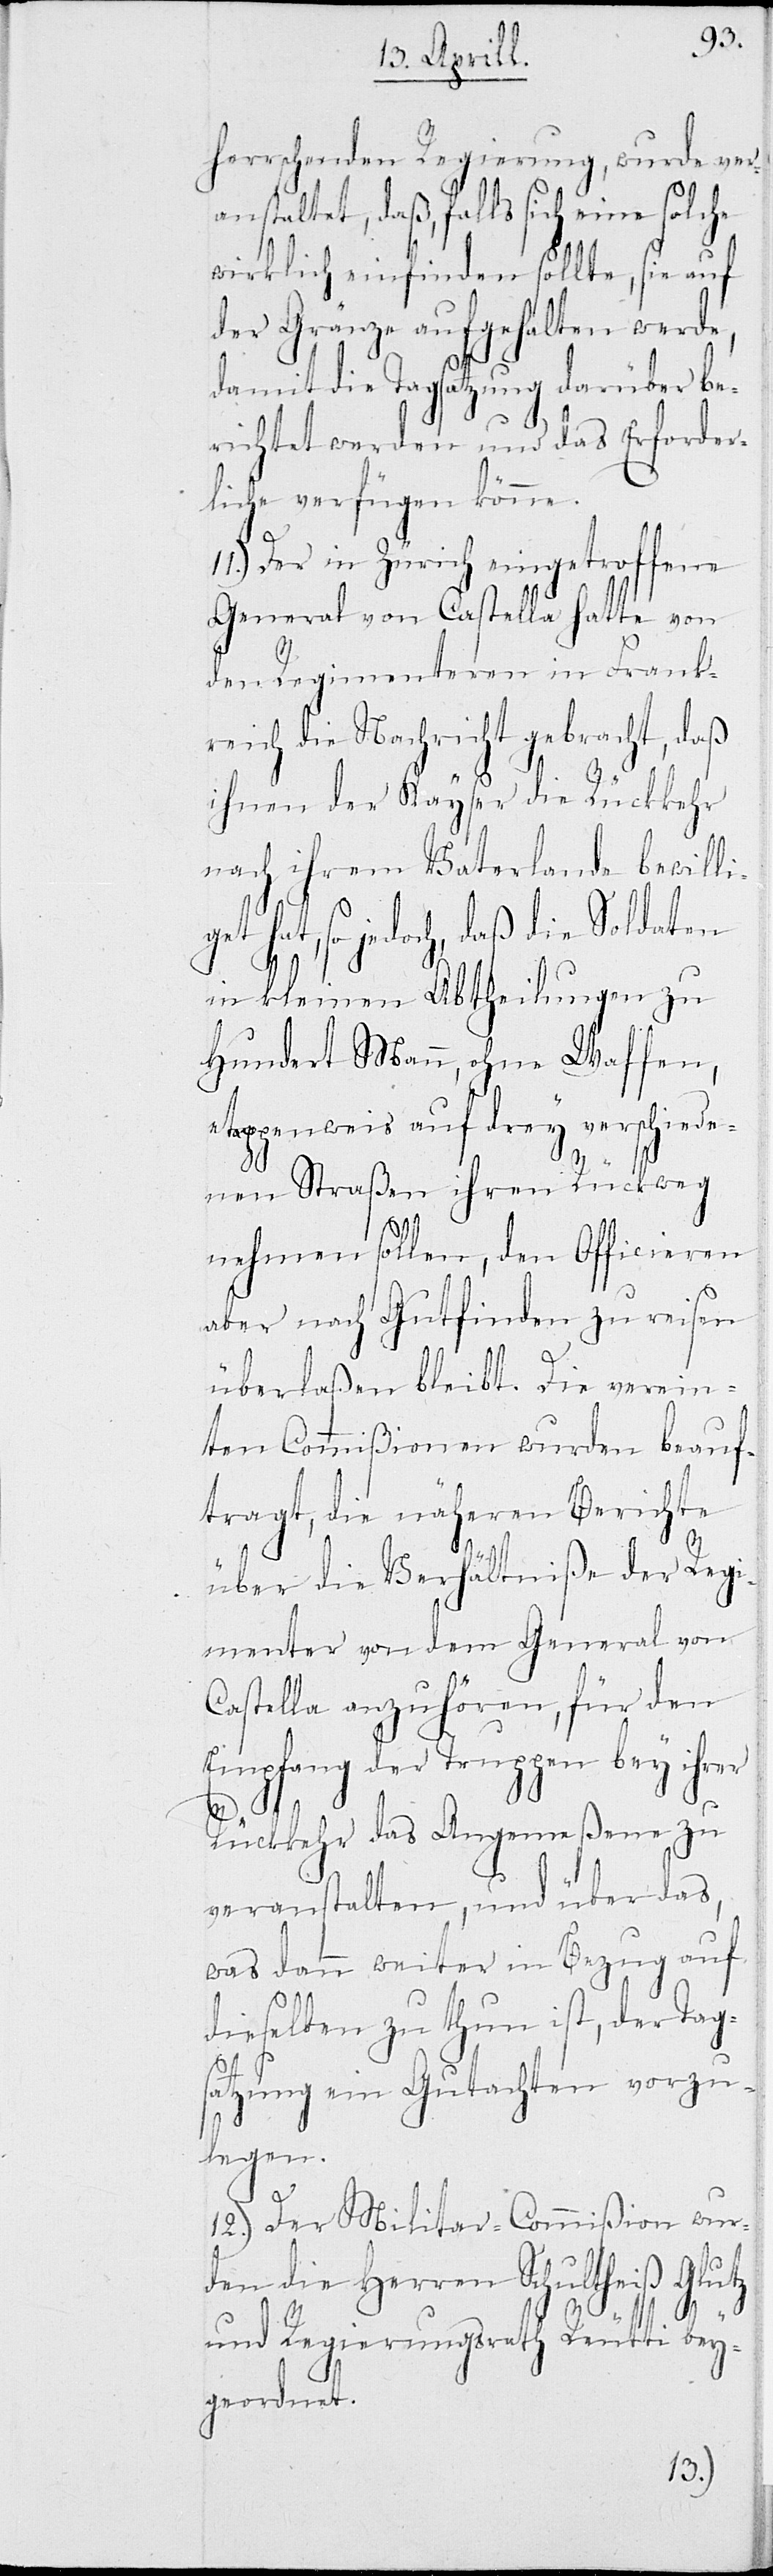
herrschenden Regierung, wurde ver¬
anstaltet, daß, falls sich eine solc¬
wirklich einfinden sollte, sie auf
der Gränze aufgehalten werde,
damit die Tagsatzung darüber be¬
richtet werden und das Erforder¬
liche verfügen könne.
Der in Zürich eingetroffene
General von Castella hatte von
er
den Regimenteren in Frank¬
reich die Nachricht gebracht, daß
ihnen der Kayser die Rückkehr
nach ihrem Vaterlande bewil¬
liget
hat, so jedoch, daß die
in Kleinen Abtheilungen zu
hundert Mann, ohne Waffen,
etappenweis auf drey verschiede¬
nen Straßen ihren Rückweg
nehmen sollen, den Officieren
aber nach Gutfinden zu reisen
überlaßen bleibe. Die verein¬
ten Commißionen wurden beau¬
ftragt, die näheren Berichte
über die Verhältniße der Re¬
gimenter von dem General von
Castella anzuhören, für
Empfang der Truppen bey ihr¬
Rückkehr das Angemeßene zu
veranstalten, und über
was dann weiter in Bezug auf
dieselben zu thun ist, der Tags¬
atzung ein Gutachten vorzu¬
legen.
12.) Der Militar-Commißion wur¬
den die Herren Schultheiß Glutz
und Regierungsrath Reütti bey¬
geordnet.